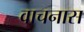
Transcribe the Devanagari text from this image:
वाचनास